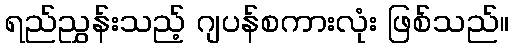
ရည်ညွှန်းသည့် ဂျပန်စကားလုံး ဖြစ်သည်။